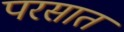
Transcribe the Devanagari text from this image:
परसात